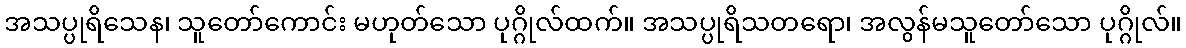
အသပ္ပုရိသေန၊ သူတော်ကောင်း မဟုတ်သော ပုဂ္ဂိုလ်ထက်။ အသပ္ပုရိသတရော၊ အလွန်မသူတော်သော ပုဂ္ဂိုလ်။